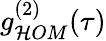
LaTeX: g_{\mathcal{H}OM}^{(2)}(\tau)